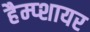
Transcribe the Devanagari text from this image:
हैम्प्शायर